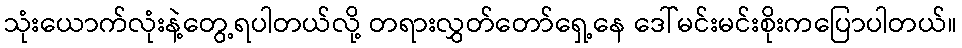
သုံးယောက်လုံးနဲ့တွေ့ရပါတယ်လို့ တရားလွှတ်တော်ရှေ့နေ ဒေါ်မင်းမင်းစိုးကပြောပါတယ်။